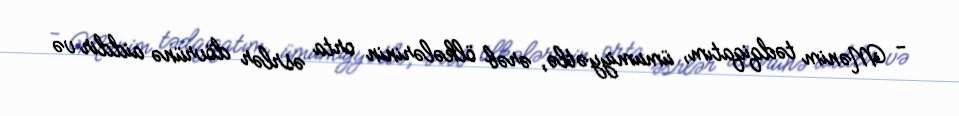
- Mənim tədqiqatım, ümumiyyətlə, ərəb ölkələrinin orta əsrlər dövrünə aiddir və